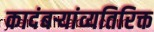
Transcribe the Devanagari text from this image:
कादंबऱ्यांव्यतिरिक्त